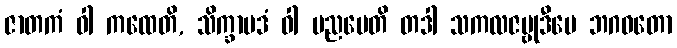
ဇာတကံ ဝါ ကထေတိ, သိက္ခာပဒံ ဝါ ပညပေတိ တဒါ သကလဇမ္ဗုဒီပေ ဘဂဝတော